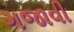
ગજાવી